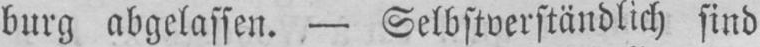
burg abgelassen. - Selbstverständlich sind